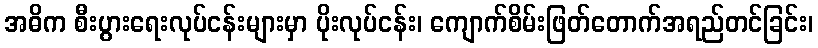
အဓိက စီးပွားရေးလုပ်ငန်းများမှာ ပိုးလုပ်ငန်း၊ ကျောက်စိမ်းဖြတ်တောက်အရည်တင်ခြင်း၊